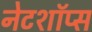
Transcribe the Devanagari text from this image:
नेटशॉप्स